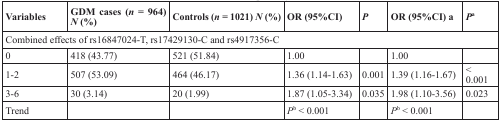
<table><thead><tr><td><b>Variables</b></td><td><b>GDM cases (<i>n</i> = 964) <i>N</i> (%)</b></td><td><b>Controls (<i>n</i> = 1021) <i>N</i> (%)</b></td><td><b>OR (95%CI)</b></td><td><b><i>P</i></b></td><td><b>OR (95%CI) a</b></td><td><b><i>P</i><sup>a</sup></b></td></tr></thead><tbody><tr><td colspan="7">Combined effects of rs16847024-T, rs17429130-C and rs4917356-C</td></tr><tr><td>0</td><td>418 (43.77)</td><td>521 (51.84)</td><td>1.00</td><td></td><td>1.00</td><td></td></tr><tr><td>1-2</td><td>507 (53.09)</td><td>464 (46.17)</td><td>1.36 (1.14-1.63)</td><td>0.001</td><td>1.39 (1.16-1.67)</td><td>&lt; 0.001</td></tr><tr><td>3-6</td><td>30 (3.14)</td><td>20 (1.99)</td><td>1.87 (1.05-3.34)</td><td>0.035</td><td>1.98 (1.10-3.56)</td><td>0.023</td></tr><tr><td>Trend</td><td></td><td></td><td><i>P</i><sup>b</sup> &lt; 0.001</td><td></td><td><i>P</i><sup>b</sup> &lt; 0.001</td><td></td></tr></tbody></table>